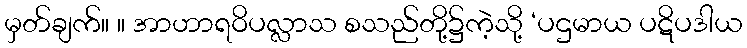
မှတ်ချက်။ ။ အာဟာရဝိပလ္လာသ စသည်တို့၌ကဲ့သို့ ‘ပဌမာယ ပဋိပဒါယ